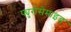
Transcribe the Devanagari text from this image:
फ्युरोसेमाइड